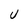
Character: U